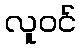
လူဝင်